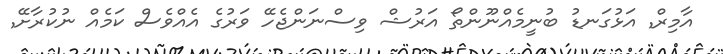
އާމިރް